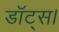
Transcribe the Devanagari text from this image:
डॉट्स।